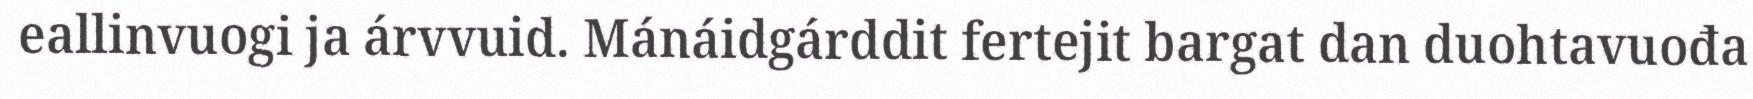
eallinvuogi ja árvvuid. Mánáidgárddit fertejit bargat dan duohtavuođa